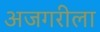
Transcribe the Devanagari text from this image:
अजगरीला